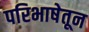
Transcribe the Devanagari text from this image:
परिभाषेतून